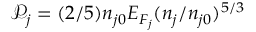
\mathcal { P } _ { j } = ( 2 / 5 ) n _ { j 0 } E _ { F _ { j } } ( n _ { j } / n _ { j 0 } ) ^ { 5 / 3 }